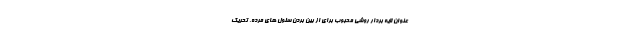
عنوان لایه بردار روشی محبوب برای از بین بردن سلول های مرده، تحریک